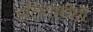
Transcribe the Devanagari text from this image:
इंडियाचेही